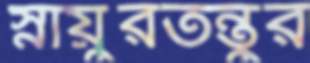
স্নায়ুরতন্তুর